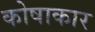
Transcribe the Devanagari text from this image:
कोषाकार